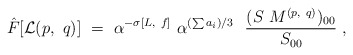
\begin{align*}{\hat F}[{\cal L}(p,~q)]~=~\alpha^{-\sigma[L,~f]}~{\alpha}^{(\sum a_i )/3}~~{(S~M^{(p,~q)} )_{00} \over S_{00}}~,\end{align*}